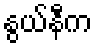
နွယ်နီက